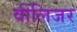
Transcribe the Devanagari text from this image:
वीलिजर